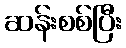
ဆန်းစစ်ပြီး